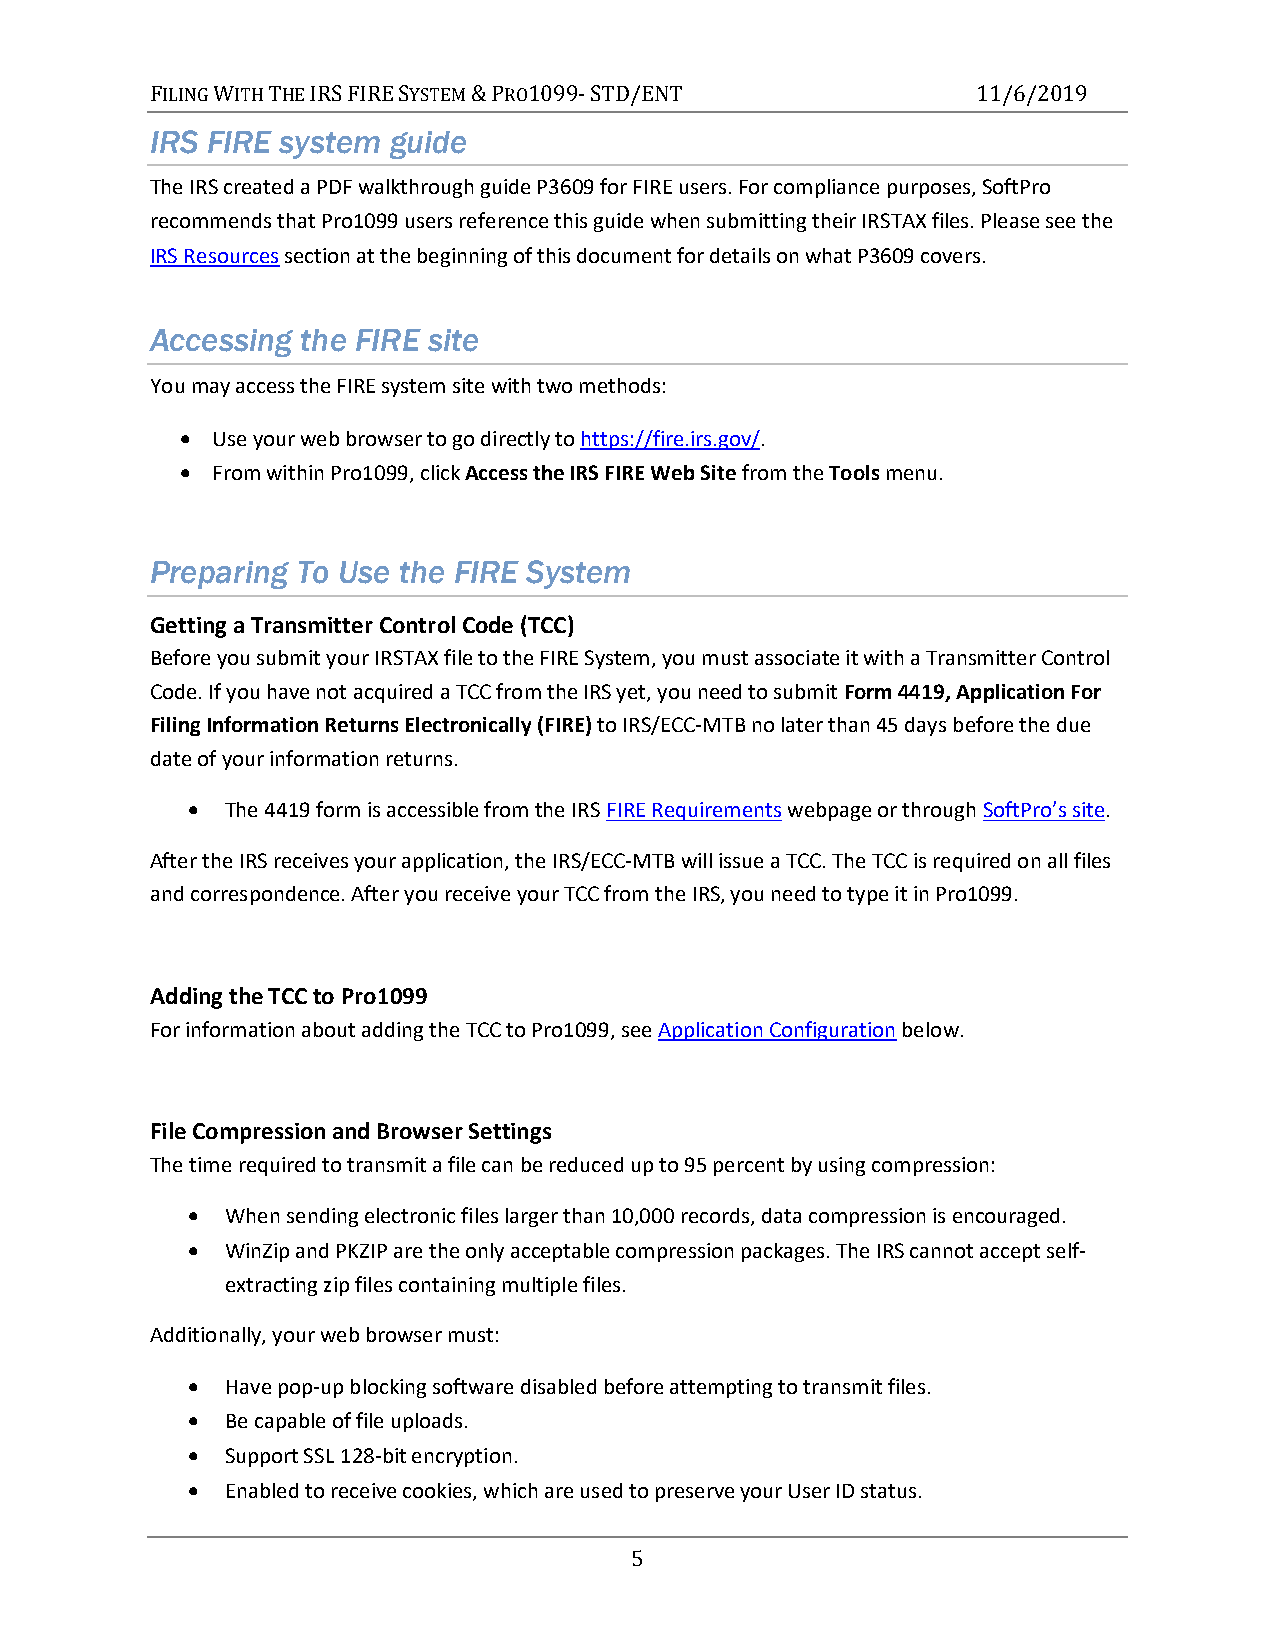
FILING WITH THE IRS FIRE SYSTEM & PRO1099- STD/ENT     11/6/2019
 IRS FIRE system guide
 The IRS created a PDF walkthrough guide P3609 for FIRE users. For compliance purposes, SoftPro
 recommends that Pro1099 users reference this guide when submitting their IRSTAX files. Please see the
 IRS Resources section at the beginning of this document for details on what P3609 covers.
 Accessing the FIRE site
 You may access the FIRE system site with two methods:
  Use your web browser to go directly to https://fire.irs.gov/.
  From within Pro1099, click Access the IRS FIRE Web Site from the Tools menu.
 Preparing To Use the FIRE System
 Getting a Transmitter Control Code (TCC)
 Before you submit your IRSTAX file to the FIRE System, you must associate it with a Transmitter Control
 Code. If you have not acquired a TCC from the IRS yet, you need to submit Form 4419, Application For
 Filing Information Returns Electronically (FIRE) to IRS/ECC-MTB no later than 45 days before the due
 date of your information returns.
   The 4419 form is accessible from the IRS FIRE Requirements webpage or through SoftPro’s site.
 After the IRS receives your application, the IRS/ECC-MTB will issue a TCC. The TCC is required on all files
 and correspondence. After you receive your TCC from the IRS, you need to type it in Pro1099.
 Adding the TCC to Pro1099
 For information about adding the TCC to Pro1099, see Application Configuration below.
 File Compression and Browser Settings
 The time required to transmit a file can be reduced up to 95 percent by using compression:
   When sending electronic files larger than 10,000 records, data compression is encouraged.
   WinZip and PKZIP are the only acceptable compression packages. The IRS cannot accept self-
 extracting zip files containing multiple files.
 Additionally, your web browser must:
   Have pop-up blocking software disabled before attempting to transmit files.
   Be capable of file uploads.
   Support SSL 128-bit encryption.
   Enabled to receive cookies, which are used to preserve your User ID status.
 5